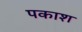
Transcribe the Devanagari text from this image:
पकाश